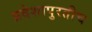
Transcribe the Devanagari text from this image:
प्रदेशापुरतीच